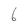
Character: 6